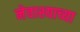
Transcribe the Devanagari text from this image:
नेवाश्याच्या